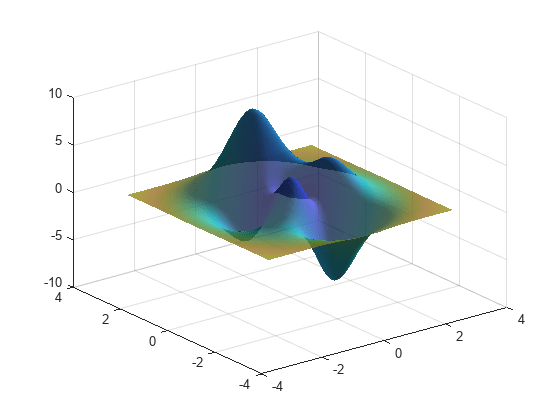
matlab, surf, alpha